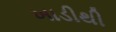
ખાડીથી